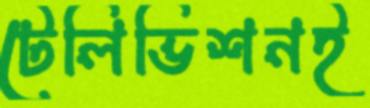
টেলিভিশনই